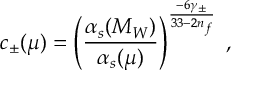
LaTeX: c _ { \pm } ( \mu ) = \left( \frac { \alpha _ { s } ( M _ { W } ) } { \alpha _ { s } ( \mu ) } \right) ^ { \frac { - 6 \gamma _ { \pm } } { 3 3 - 2 n _ { f } } } \; ,